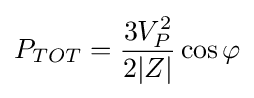
P_{TOT}={\frac {3V_{P}^{2}}{2|Z|}}\cos \varphi